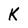
Character: K